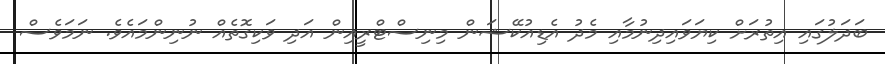
ބަދަލުގައި އިތުރަށް ކިޔަވައިދިނުމާއި މެދު އެޑިއުކޭޝަން މިނިސްޓްރީއިން އަދި ވަކިގޮތެއް ނުނިންމައެވެ. ނަމަވެސް